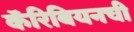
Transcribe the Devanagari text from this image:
कॅरिबियनची